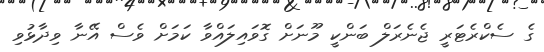
ގެ ސެކްރެޓަރީ ޖެނެރަލް ބަންކީ މޫނަށް ގޮވައިލައްވާ ކަމަށް ވެސް އޭނާ ވިދާޅުވި